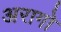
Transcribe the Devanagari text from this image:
अरागो